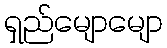
ရှည်မျောမျော